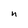
Character: n